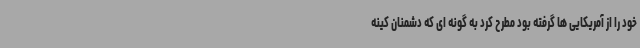
خود را از آمریکایی ها گرفته بود مطرح کرد به گونه ای که دشمنان کینه